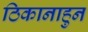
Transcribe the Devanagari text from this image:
ठिकानाहुन